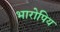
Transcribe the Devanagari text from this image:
भारोपिय